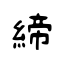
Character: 締